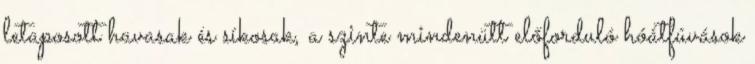
letaposott havasak és síkosak, a szinte mindenütt előforduló hóátfúvások